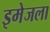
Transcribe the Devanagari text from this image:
इमेजला